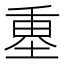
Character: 𡍴